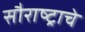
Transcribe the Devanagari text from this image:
सौराष्ट्राचे